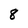
Character: 8